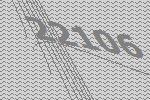
22106